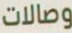
وصالات